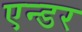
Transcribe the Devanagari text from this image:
एन्डर